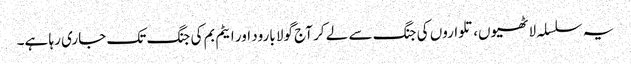
یہ سلسلہ لاٹھیوں، تلواروں کی جنگ سے لے کر آج گولا بارود اور ایٹم بم کی جنگ تک جاری رہا ہے۔